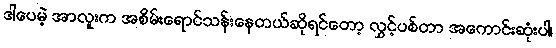
ဒါပေမဲ့ အာလူးက အစိမ်းရောင်သန်းနေတယ်ဆိုရင်တော့ လွှင့်ပစ်တာ အကောင်းဆုံးပါ၊